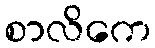
စာလိကေ